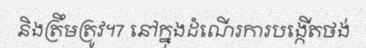
និងត្រឹមត្រូវ។7 នៅក្នុងដំណើរការបង្កើតថង់